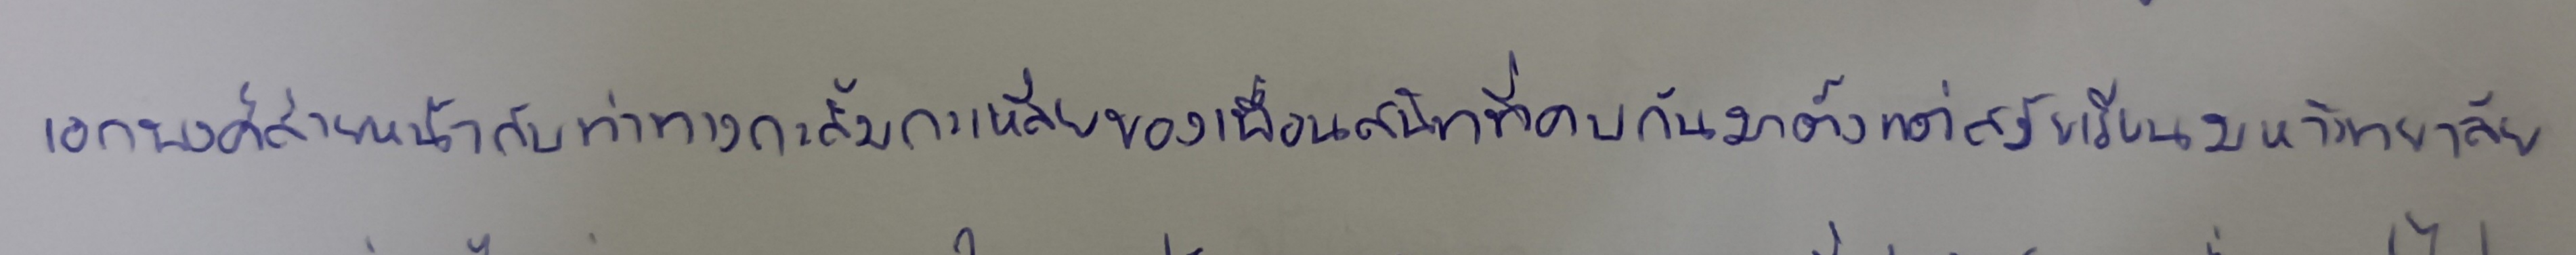
เอกพงศ์ส่ายหน้ากับท่าทางกะลิ้มกะเหลี่ยของเพื่อนสนิทที่คบกันมาตั้งแต่สมัยเรียนมหาวิทยาลัย